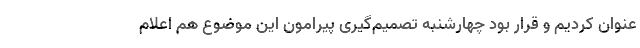
عنوان کردیم و قرار بود چهارشنبه تصمیم‌گیری پیرامون این موضوع هم اعلام